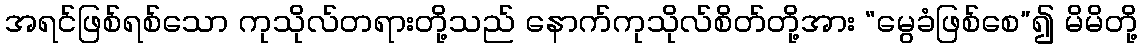
အရင်ဖြစ်ရစ်သော ကုသိုလ်တရားတို့သည် နောက်ကုသိုလ်စိတ်တို့အား “မွေခံဖြစ်စေ”၍ မိမိတို့